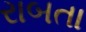
રાબતા